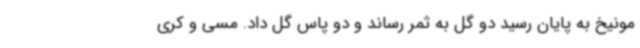
مونیخ به پایان رسید دو گل به ثمر رساند و دو پاس گل داد. مسی و کری